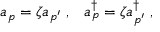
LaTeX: a _ { p } = \zeta a _ { p ^ { \prime } } \; , \; \; \; a _ { p } ^ { \dagger } = \zeta a _ { p ^ { \prime } } ^ { \dagger } \; ,